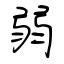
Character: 弱